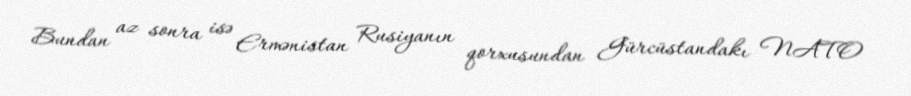
Bundan az sonra isə Ermənistan Rusiyanın qorxusundan Gürcüstandakı NATO